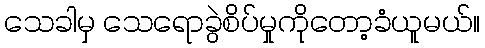
သေခါမှ သေရောခွဲစိပ်မှုကိုတော့ခံယူမယ်။